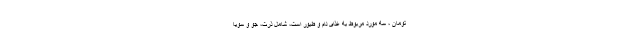
تومان ، سه مورد مربوط به غذای دام و طیور است، شامل ذرت، جو و سویا